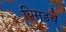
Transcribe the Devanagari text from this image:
घिसडचे